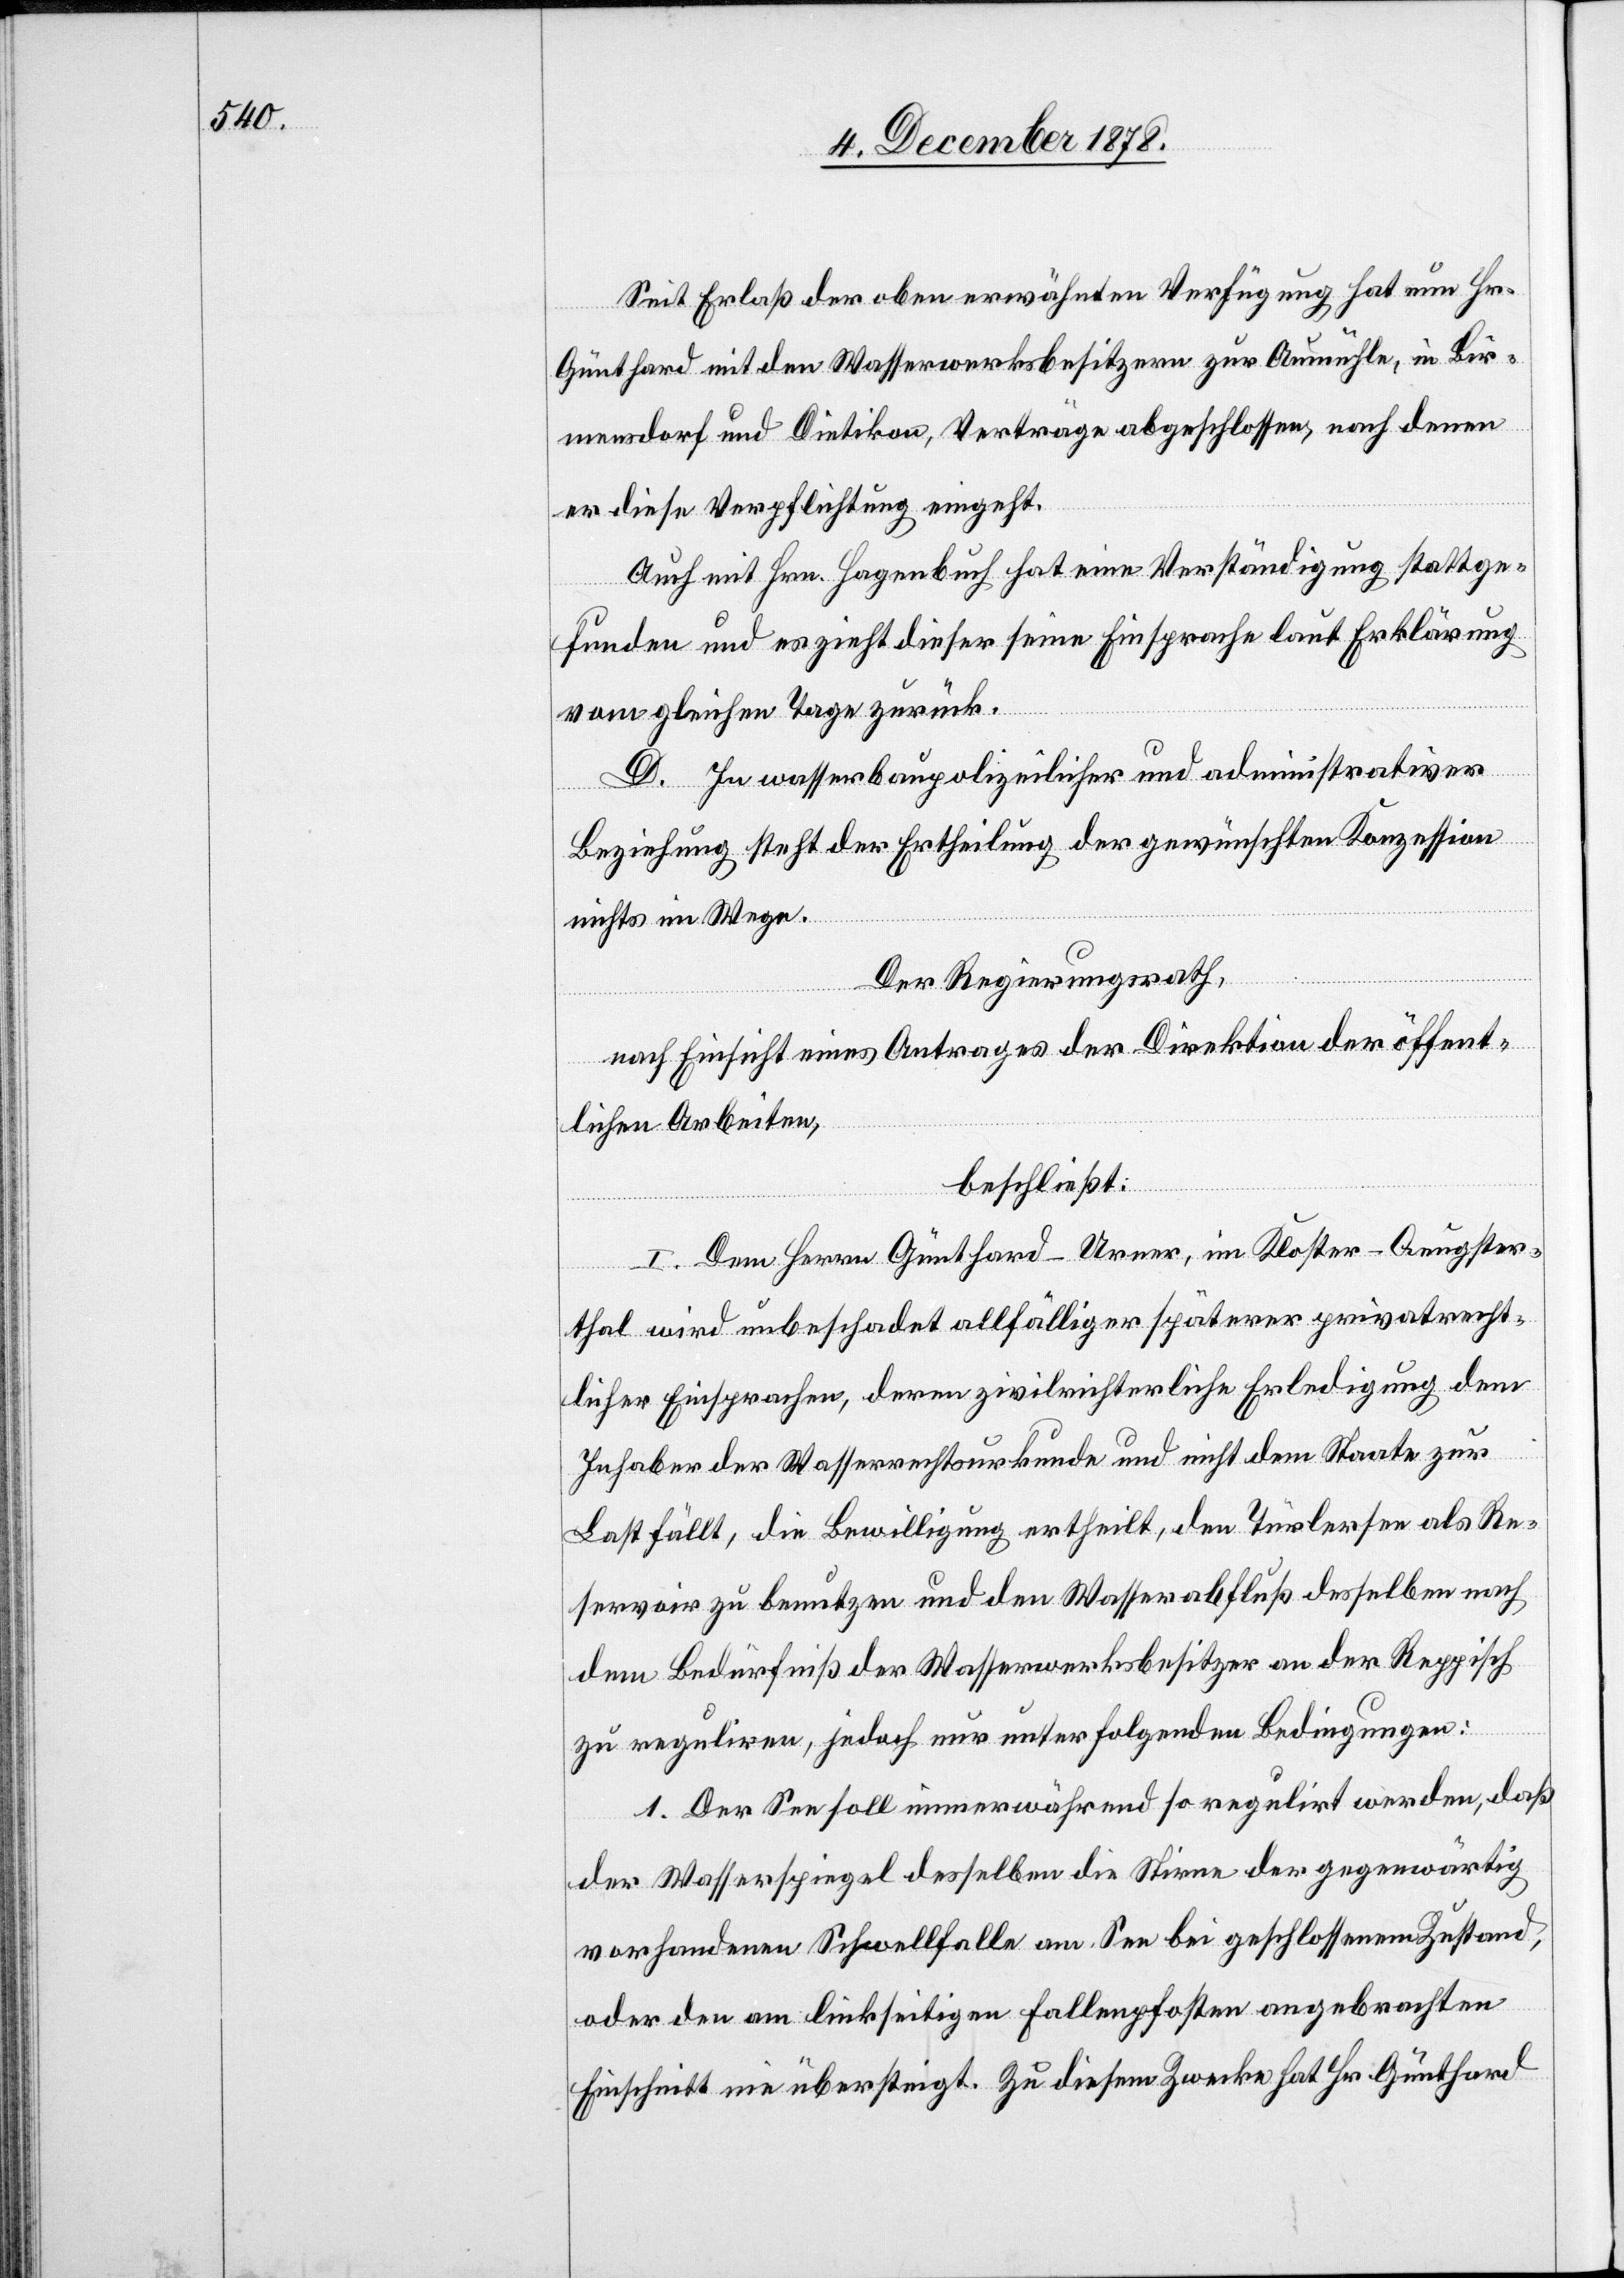
Seit Erlaß der oben erwähnten Verfügung hat nun Hr.
Günthard mit den Wasserwerksbesitzern zur Aumühle, in Bir¬
mensdorf und Dietikon, Verträge abgeschlossen, nach denen
er diese Verpflichtung eingeht.
Auch mit Hrn. Hagenbuch hat eine Verständigung stattge¬
funden und es zieht dieser seine Einsprache laut Erklärung
vom gleichen Tage zurück.
D. In wasserbaupolizeilicher und administrativer
Beziehung steht der Ertheilung der gewünschten Konzession
nichts im Wege.
Der Regierungsrath,
nach Einsicht eines Antrages der Direktion der öffent¬
lichen Arbeiten,
beschließt:
I. Dem Herrn Günthard-Urner, im Kloster - Aeugster¬
thal wird unbeschadet allfälliger späterer privatrecht¬
licher Einsprachen, deren zivilrichterliche Erledigung dem
Inhaber der Wasserrechtsurkunde und nicht dem Staate zur
Last fällt, die Bewilligung ertheilt, den Türlersee als Re¬
servoir zu benutzen und den Wasserabfluß desselben nach
dem Bedürfniß der Wassererwerksbesitzer an der Reppisch
zu reguliren, jedoch nur unter folgenden Bedingungen:
1. Der See soll immerwährend so regulirt werden, daß
der Wasserspiegel desselben die Stirne der gegenwärtig
vorhandenen Schwellfalle am See bei geschlossenem Zustand,
oder den am linkseitigen Fallenpfosten angebrachten
Einschnitt nie übersteigt. Zu diesem Zwecke hat Hr. Günthard